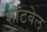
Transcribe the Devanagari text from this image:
शॉटवेल